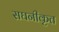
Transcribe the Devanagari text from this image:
सघनीकृत